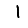
Digit: 1